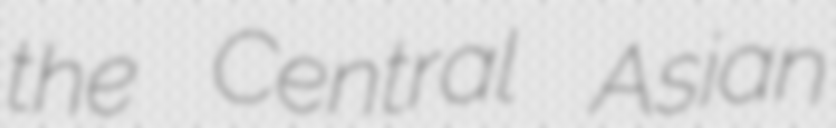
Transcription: the Central Asian